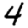
Digit: 4